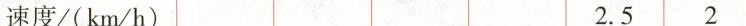
速度(km/h) 2.5 2